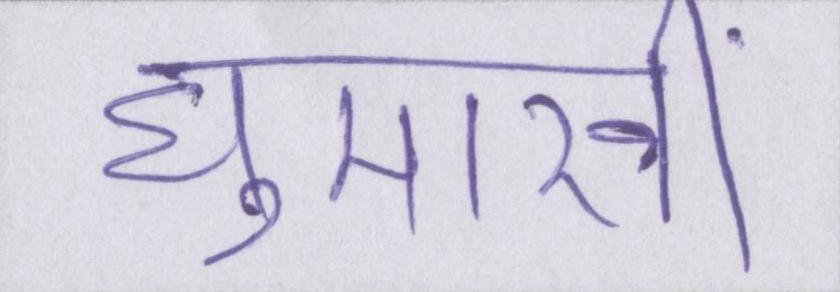
घुमारवीं